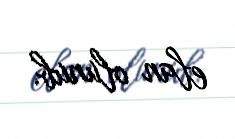
elan olunub.